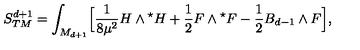
S _ { T M } ^ { d + 1 } = \int _ { M _ { d + 1 } } \Bigl [ { \frac { 1 } { 8 \mu ^ { 2 } } } H \wedge { } ^ { \star } H + { \frac { 1 } { 2 } } F \wedge { } ^ { \star } F - { \frac { 1 } { 2 } } B _ { d - 1 } \wedge F \Bigl ] ,